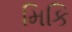
મિકિ